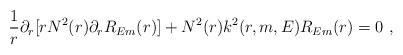
LaTeX: \begin{align*}\frac{1}{r} \partial_r [ r N^2(r) \partial_r R_{Em}(r)] +N^2(r) k^2 (r,m,E) R_{Em}(r) = 0~,\end{align*}